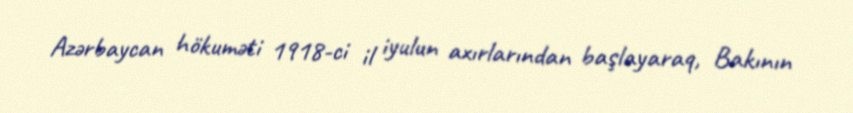
Azərbaycan hökuməti 1918-ci il iyulun axırlarından başlayaraq, Bakının